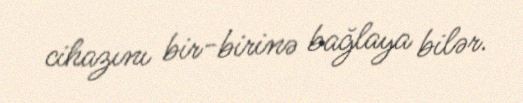
cihazını bir-birinə bağlaya bilər.